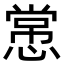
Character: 㦂